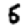
Digit: 5